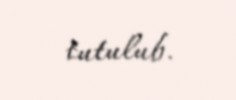
tutulub.